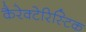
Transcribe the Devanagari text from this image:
कैरेक्टेरिस्टिक